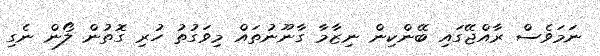
ނަމަވެސް ރާއްޖޭގައި ބޭންކިން ނިޒާމާ ގާނޫނުތައް މިވަގުތު ހުރި ގޮތުން ލޯން ނެގި